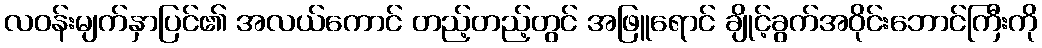
လဝန်းမျက်နှာပြင်၏ အလယ်ကောင် တည့်တည့်တွင် အဖြူရောင် ချိုင့်ခွက်အဝိုင်းဘောင်ကြီးကို